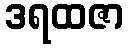
ဒရထဇာ